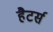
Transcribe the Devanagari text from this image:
हैटर्स